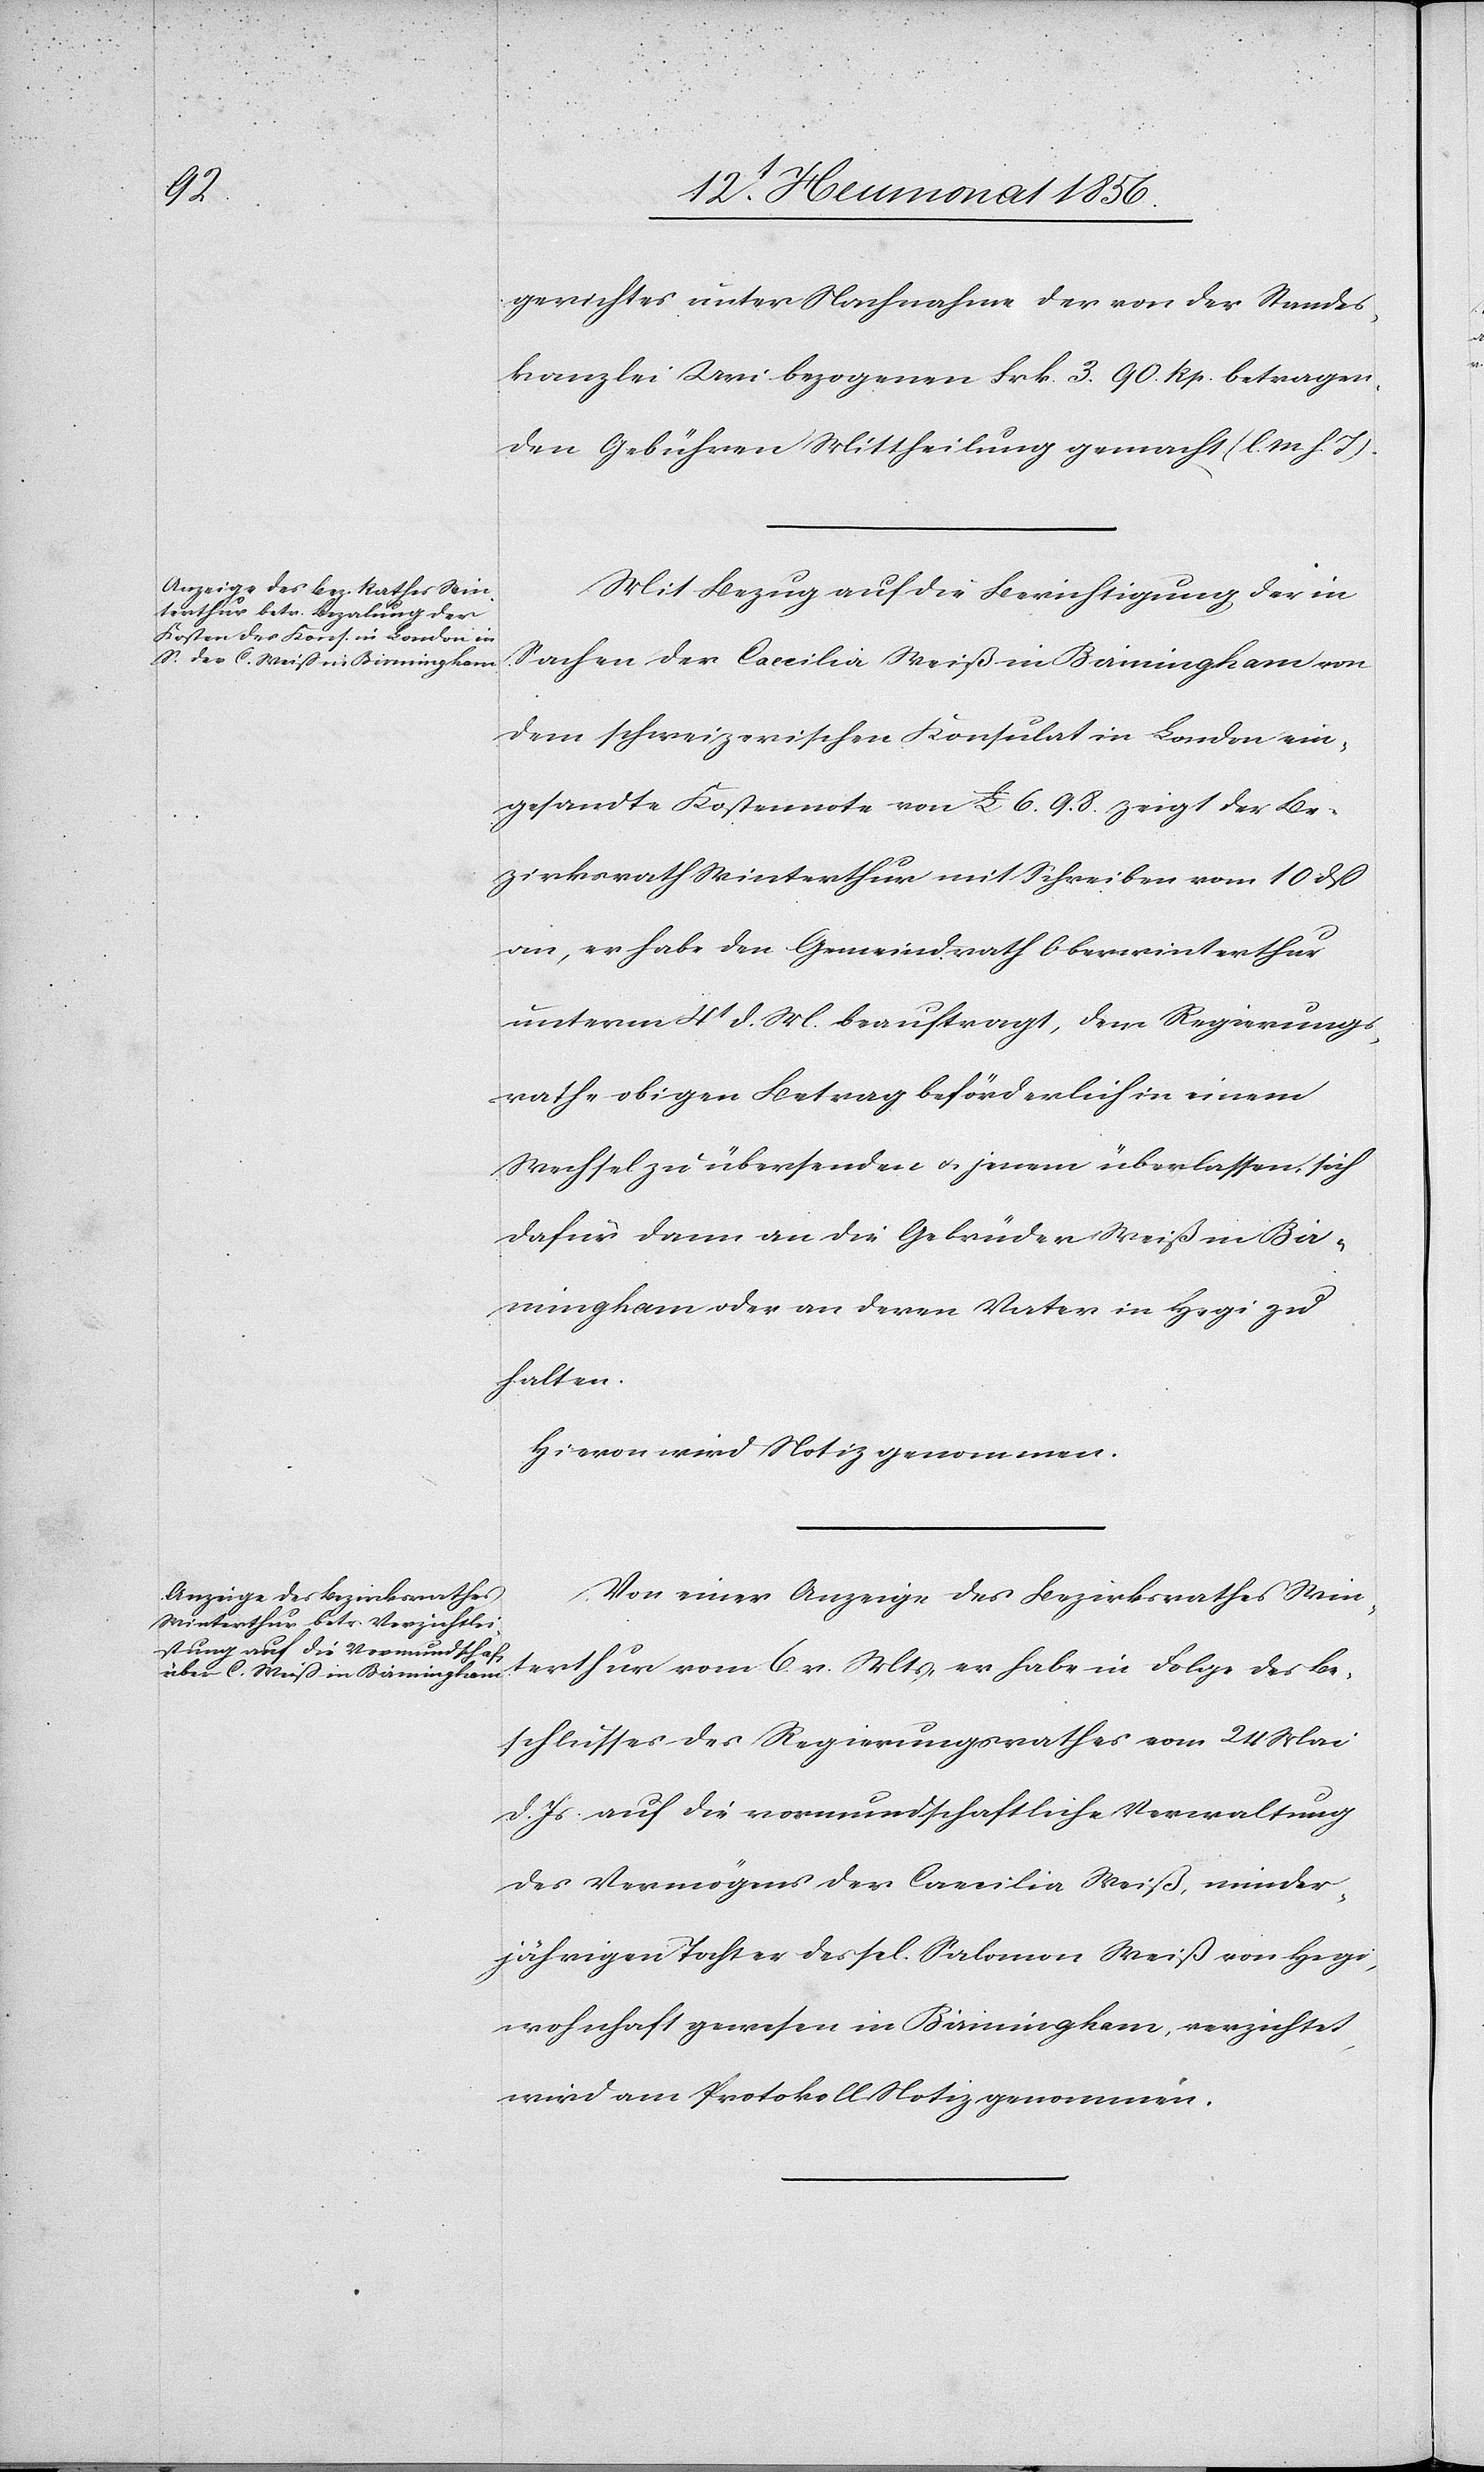
gerichtes unter Nachnahme der von der Standes¬
kanzlei Uri bezogenen Frk. 3. 90 Rp. betragen¬
den Gebühren Mittheilung gemacht (l. M h. T).
Mit Bezug auf die Berichtigung der in
Sachen der Caecilia Weiß in Birmingham von
dem schweizerischen Konsulat in London ein¬
gesandte Kostennote von £ 6. 9. 8 zeigt der Be¬
zirksrath Winterthur mit Schreiben vom 10 dß
an, er habe den Gemeindrath Oberwinterthur
unterm 4t d. M. beauftragt, dem Regierungs¬
rathe obigen Betrag beförderlich einem
Wechsel zu übersenden u. jenem überlassen, sich
dafür dann an die Gebrüder Weiß in Bir¬
mingham oder an deren Vater in Hegi zu
halten.
Hievon wird Notiz genommen.
Von einer Anzeige des Bezirksrathes Win¬
terthur vom 6 v. Mts, er habe in Folge des Be¬
schlusses des Regierungsrathes vom 24 Mai
d. Js. auf die vormundschaftliche Verwaltung
des Vermögens der Caecilia Weiß, minder¬
jährigen Tochter des sel. Salomon Weiß von Hegi,
wohnhaft gewesen in Birmingham, verzichtet,
wird am Protokoll Notiz genommen.